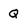
Character: Q